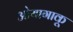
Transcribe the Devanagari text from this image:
ओयागाकू